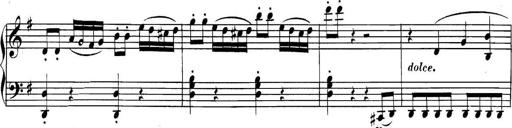
Title: Collected Piano Sonatas
Composer: Muzio Clementi